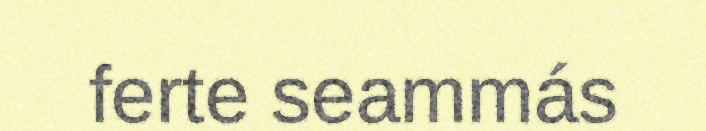
ferte seammás